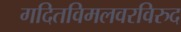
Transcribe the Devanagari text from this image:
गदितविमलवरविरुद